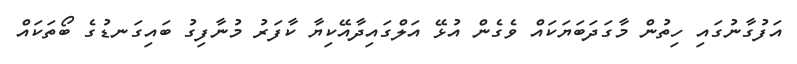
އަފުގާނުގައި ހިތުން މާގަދަބަޔަކައް ވެގެން އުޅޭ އަލްގައިދާއޭކިޔާ ކާފަރު މުނާފިގު ބައިގަނޑުގެ ބޯތަކައް